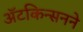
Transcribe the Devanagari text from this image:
ॲटकिन्सनने